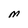
Character: M